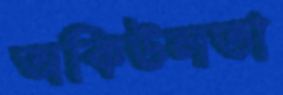
অকিউলতা